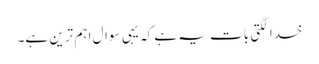
خدا لگتی بات یہ ہے کہ یہی سوال اہم ترین ہے۔